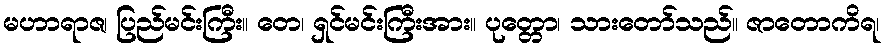
မဟာရာဇ၊ ပြည်မင်းကြီး။ တေ၊ ရှင်မင်းကြီးအား။ ပုတ္တော၊ သားတော်သည်။ ဇာတောကိရ၊